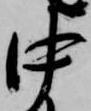
中